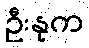
ဦးနုက